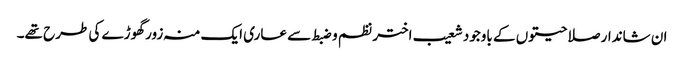
ان شاندار صلاحیتوں کے باوجود شعیب اختر نظم و ضبط سے عاری ایک منہ زور گھوڑے کی طرح تھے۔